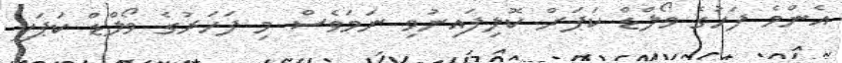
އެންމެ ފަހުގެ ވޯލްޑް ކަޕަށް ކޮލިފައިނުވި ނަމަވެސް މި ފަހަރުގެ ވޯލްޑް ކަޕަކީ